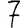
Digit: 7